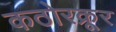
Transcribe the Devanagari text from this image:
कठोरक्रूर